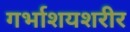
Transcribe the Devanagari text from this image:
गर्भाशयशरीर